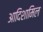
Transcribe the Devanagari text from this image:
आदिशामिल